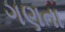
ગણતા